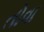
તોવા